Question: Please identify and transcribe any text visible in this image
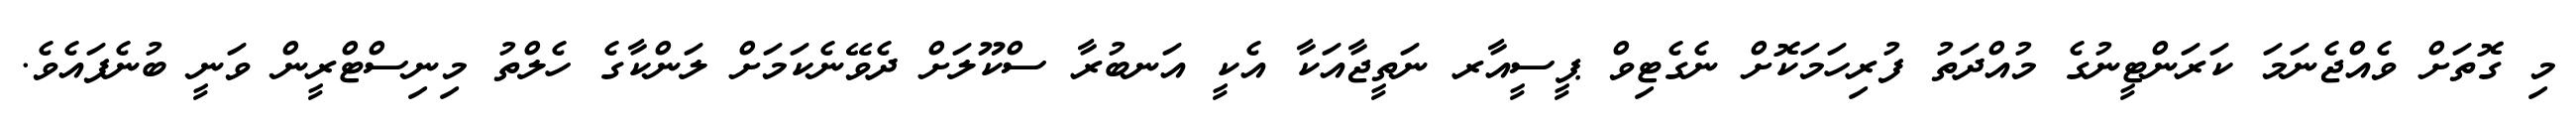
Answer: މި ގޮތަށް ވެއްޖެނަމަ ކަރަންޓީނުގެ މުއްދަތު ފުރިހަމަކޮށް ނެގެޓިވް ޕީސީއާރ ނަތީޖާއަކާ އެކީ އަނބުރާ ސްކޫލަށް ދެވޭނެކަމަށް ލަންކާގެ ހެލްތު މިނިސްޓްރީން ވަނީ ބުނެފައެވެ.